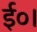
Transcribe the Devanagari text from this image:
ई०।